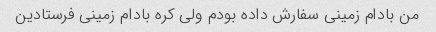
من بادام زمینی سفارش داده بودم ولی کره بادام زمینی فرستادین